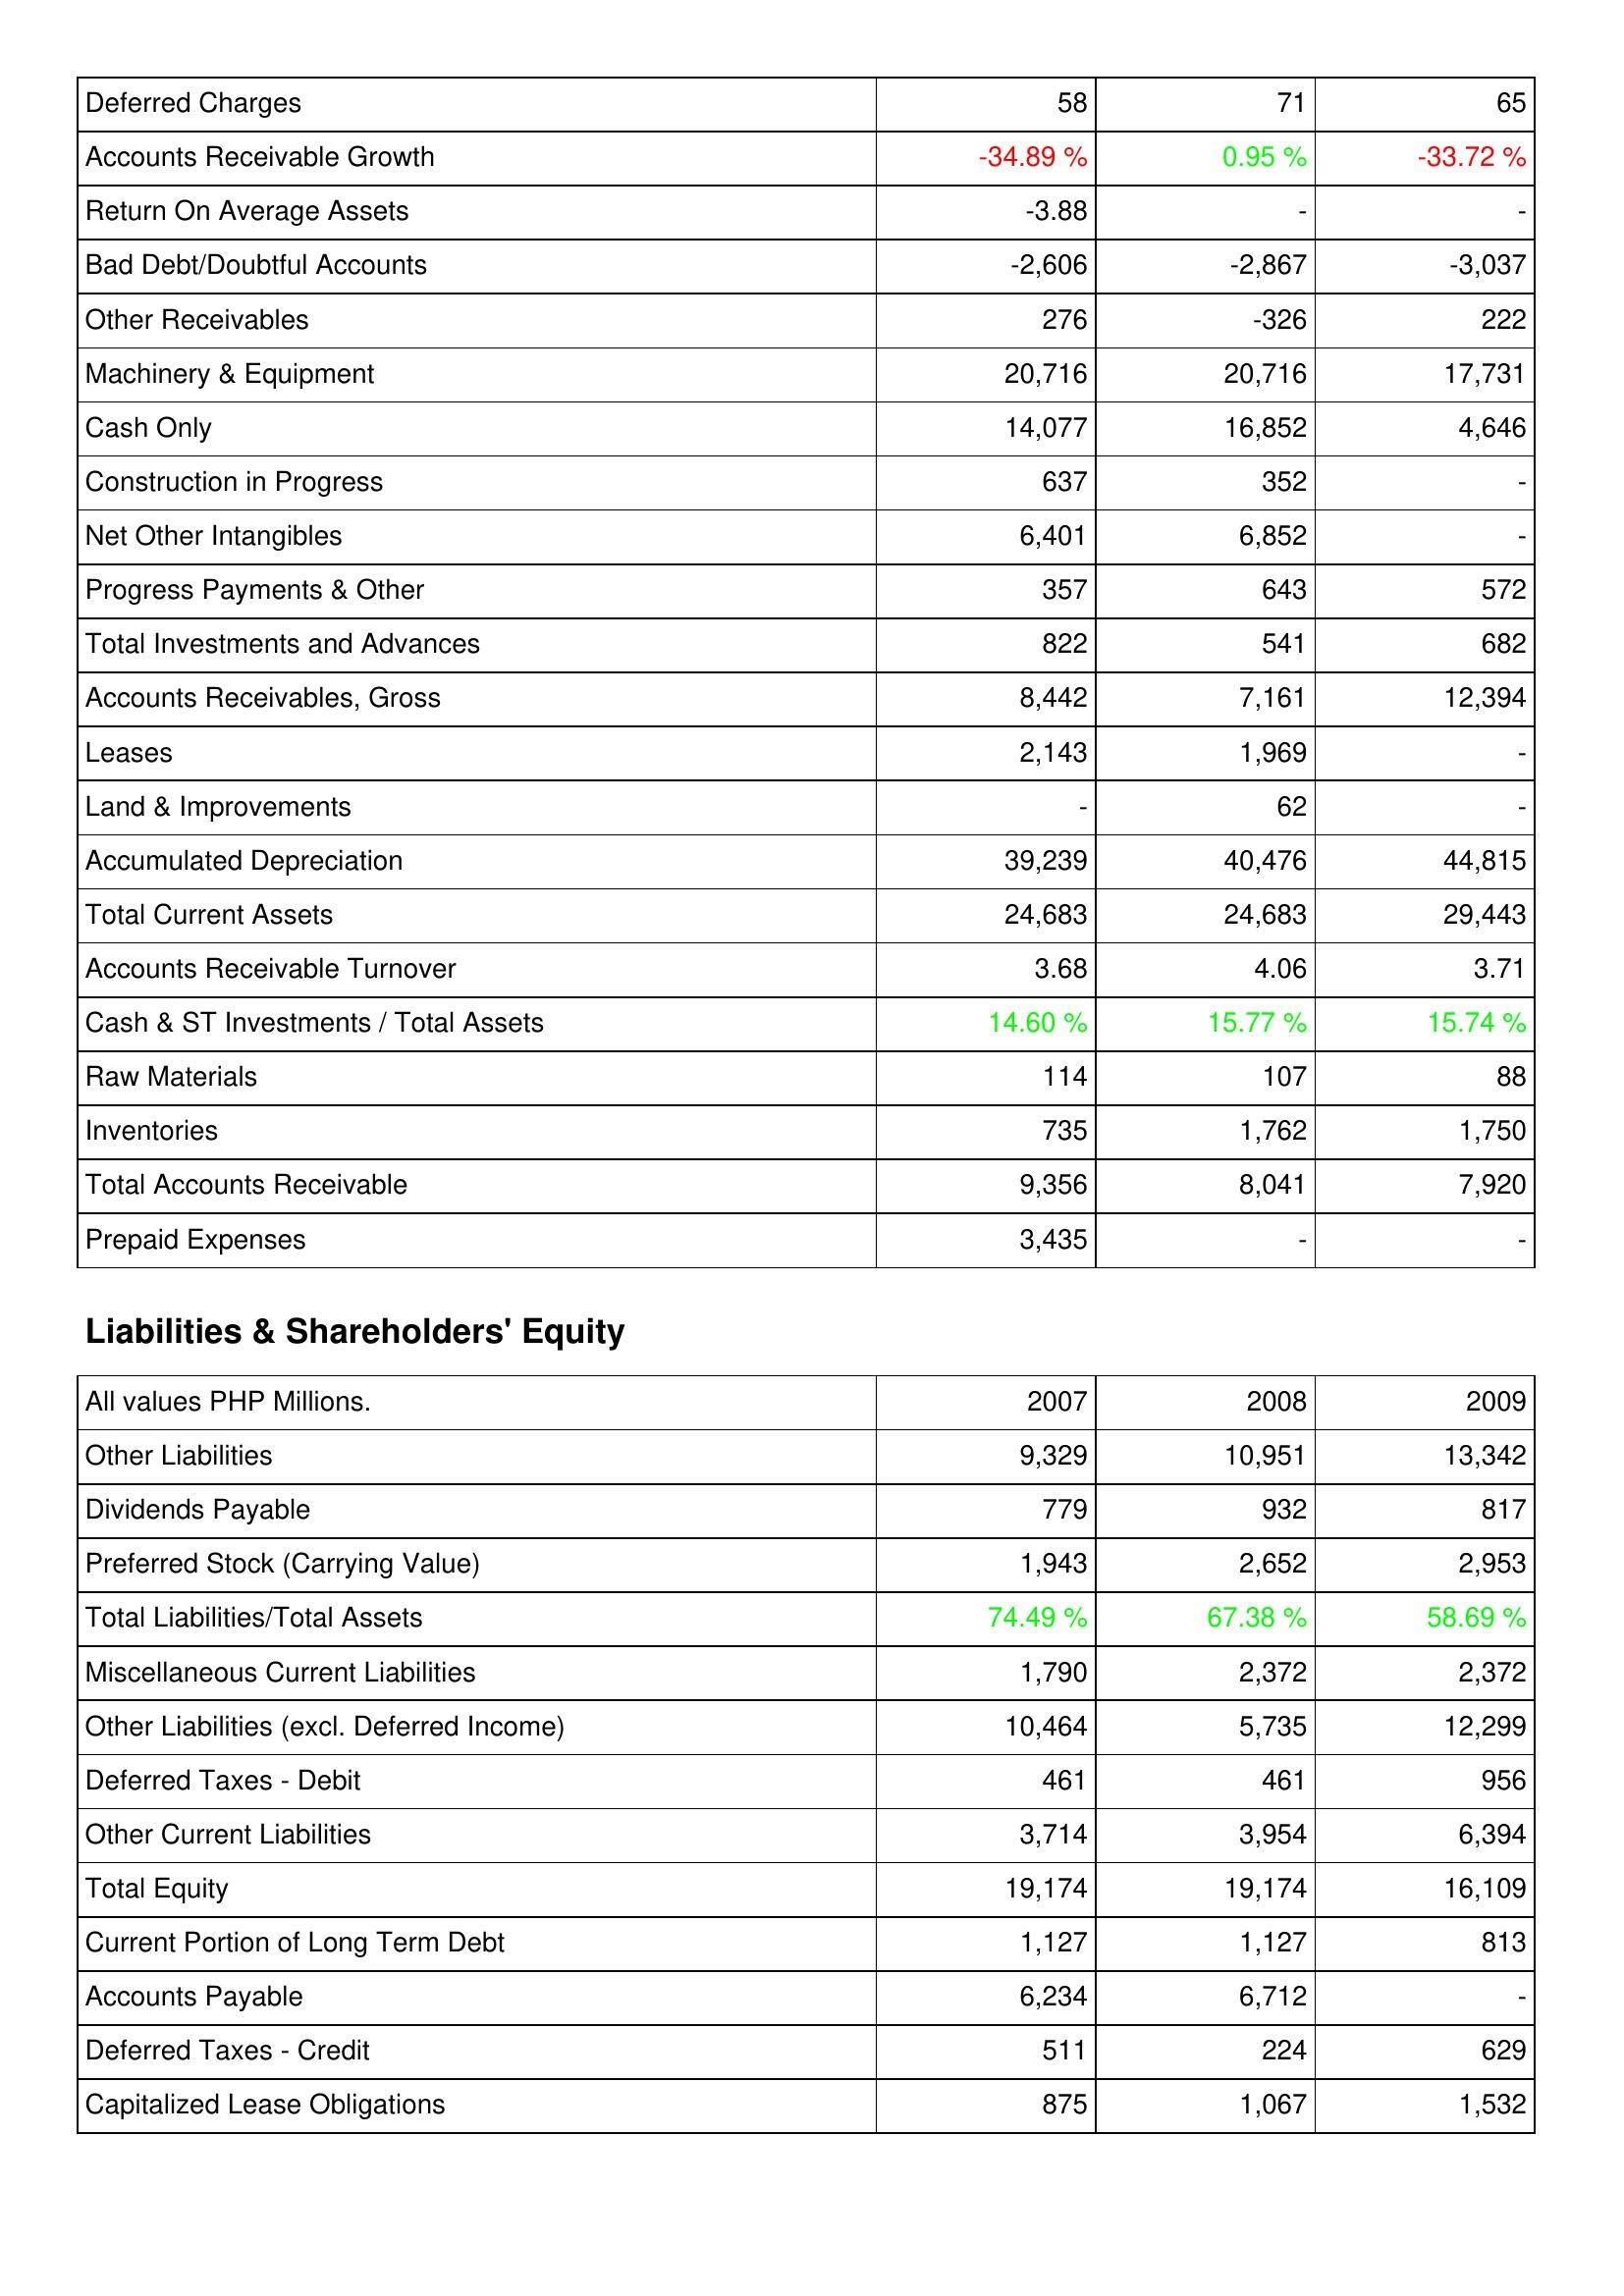
2007: Assets: Deferred Charges: 58
Accounts Receivable Growth: -34.89 %
Return On Average Assets: -3.88
Bad Debt/Doubtful Accounts: -2,606
Other Receivables: 276
Machinery & Equipment: 20,716
Cash Only: 14,077
Construction in Progress: 637
Net Other Intangibles: 6,401
Progress Payments & Other: 357
Total Investments and Advances: 822
Accounts Receivables, Gross: 8,442
Leases: 2,143
Land & Improvements: -
Accumulated Depreciation: 39,239
Total Current Assets: 24,683
Accounts Receivable Turnover: 3.68
Cash & ST Investments / Total Assets: 14.60 %
Raw Materials: 114
Inventories: 735
Total Accounts Receivable: 9,356
Prepaid Expenses: 3,435
Liabilities & Shareholders' Equity: Other Liabilities: 9,329
Dividends Payable: 779
Preferred Stock (Carrying Value): 1,943
Total Liabilities/Total Assets: 74.49 %
Miscellaneous Current Liabilities: 1,790
Other Liabilities (excl. Deferred Income): 10,464
Deferred Taxes - Debit: 461
Other Current Liabilities: 3,714
Total Equity: 19,174
Current Portion of Long Term Debt: 1,127
Accounts Payable: 6,234
Deferred Taxes - Credit: 511
Capitalized Lease Obligations: 875
2008: Assets: Deferred Charges: 71
Accounts Receivable Growth: 0.95 %
Return On Average Assets: -
Bad Debt/Doubtful Accounts: -2,867
Other Receivables: -326
Machinery & Equipment: 20,716
Cash Only: 16,852
Construction in Progress: 352
Net Other Intangibles: 6,852
Progress Payments & Other: 643
Total Investments and Advances: 541
Accounts Receivables, Gross: 7,161
Leases: 1,969
Land & Improvements: 62
Accumulated Depreciation: 40,476
Total Current Assets: 24,683
Accounts Receivable Turnover: 4.06
Cash & ST Investments / Total Assets: 15.77 %
Raw Materials: 107
Inventories: 1,762
Total Accounts Receivable: 8,041
Prepaid Expenses: -
Liabilities & Shareholders' Equity: Other Liabilities: 10,951
Dividends Payable: 932
Preferred Stock (Carrying Value): 2,652
Total Liabilities/Total Assets: 67.38 %
Miscellaneous Current Liabilities: 2,372
Other Liabilities (excl. Deferred Income): 5,735
Deferred Taxes - Debit: 461
Other Current Liabilities: 3,954
Total Equity: 19,174
Current Portion of Long Term Debt: 1,127
Accounts Payable: 6,712
Deferred Taxes - Credit: 224
Capitalized Lease Obligations: 1,067
2009: Assets: Deferred Charges: 65
Accounts Receivable Growth: -33.72 %
Return On Average Assets: -
Bad Debt/Doubtful Accounts: -3,037
Other Receivables: 222
Machinery & Equipment: 17,731
Cash Only: 4,646
Construction in Progress: -
Net Other Intangibles: -
Progress Payments & Other: 572
Total Investments and Advances: 682
Accounts Receivables, Gross: 12,394
Leases: -
Land & Improvements: -
Accumulated Depreciation: 44,815
Total Current Assets: 29,443
Accounts Receivable Turnover: 3.71
Cash & ST Investments / Total Assets: 15.74 %
Raw Materials: 88
Inventories: 1,750
Total Accounts Receivable: 7,920
Prepaid Expenses: -
Liabilities & Shareholders' Equity: Other Liabilities: 13,342
Dividends Payable: 817
Preferred Stock (Carrying Value): 2,953
Total Liabilities/Total Assets: 58.69 %
Miscellaneous Current Liabilities: 2,372
Other Liabilities (excl. Deferred Income): 12,299
Deferred Taxes - Debit: 956
Other Current Liabilities: 6,394
Total Equity: 16,109
Current Portion of Long Term Debt: 813
Accounts Payable: -
Deferred Taxes - Credit: 629
Capitalized Lease Obligations: 1,532